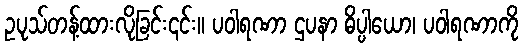
ဥပုသ်တန့်ထားလိုခြင်း၎င်း။ ပဝါရဏာ ဌပနာ ဓိပ္ပါယော၊ ပဝါရဏာကို